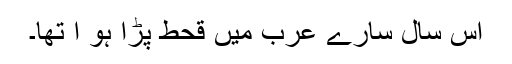
اس سال سارے عرب میں قحط پڑا ہو ا تھا۔